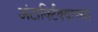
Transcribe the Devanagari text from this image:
अंटार्क्टिक्याच्या